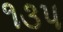
૧૩પ